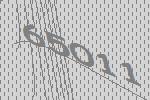
65011